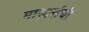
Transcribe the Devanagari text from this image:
मास्टर्सची